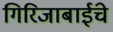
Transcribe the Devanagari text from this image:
गिरिजाबाईंचे